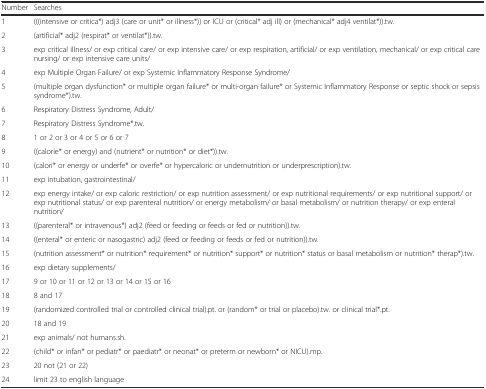
| Number | Searches |
 | --- | --- |
 | 1 | (((intensive or critica*) adj3 (care or unit* or illness*)) or ICU or (critical* adj ill) or (mechanical* adj4 ventilat*)).tw. |
 | 2 | (artificial* adj2 (respirat* or ventilat*)).tw. |
 | 3 | exp critical illness/ or exp critical care/ or exp intensive care/ or exp respiration, artificial/ or exp ventilation, mechanical/ or exp critical care nursing/ or exp intensive care units/ |
 | 4 | exp Multiple Organ Failure/ or exp Systemic Inflammatory Response Syndrome/ |
 | 5 | (multiple organ dysfunction* or multiple organ failure* or multi-organ failure* or Systemic Inflammatory Response or septic shock or sepsis syndrome*).tw. |
 | 6 | Respiratory Distress Syndrome, Adult/ |
 | 7 | Respiratory Distress Syndrome*.tw. |
 | 8 | 1 or 2 or 3 or 4 or 5 or 6 or 7 |
 | 9 | ((calorie* or energy) and (nutrient* or nutrition* or diet*)).tw. |
 | 10 | (calori* or energy or underfe* or overfe* or hypercaloric or undernutrition or underprescription).tw. |
 | 11 | exp intubation, gastrointestinal/ |
 | 12 | exp energy intake/ or exp caloric restriction/ or exp nutrition assessment/ or exp nutritional requirements/ or exp nutritional support/ or exp nutritional status/ or exp parenteral nutrition/ or energy metabolism/ or basal metabolism/ or nutrition therapy/ or exp enteral nutrition/ |
 | 13 | ((parenteral* or intravenous*) adj2 (feed or feeding or feeds or fed or nutrition)).tw. |
 | 14 | ((enteral* or enteric or nasogastric) adj2 (feed or feeding or feeds or fed or nutrition)).tw. |
 | 15 | (nutrition assessment* or nutrition* requirement* or nutrition* support* or nutrition* status or basal metabolism or nutrition* therap*).tw. |
 | 16 | exp dietary supplements/ |
 | 17 | 9 or 10 or 11 or 12 or 13 or 14 or 15 or 16 |
 | 18 | 8 and 17 |
 | 19 | (randomized controlled trial or controlled clinical trial).pt. or (random* or trial or placebo).tw. or clinical trial*.pt. |
 | 20 | 18 and 19 |
 | 21 | exp animals/ not humans.sh. |
 | 22 | (child* or infan* or pediatr* or paediatr* or neonat* or preterm or newborn* or NICU).mp. |
 | 23 | 20 not (21 or 22) |
 | 24 | limit 23 to english language |